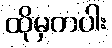
ထိုမှတပါး